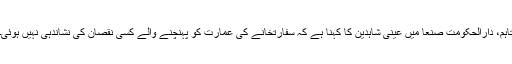
تاہم، دارالحکومت صنعا میں عینی شاہدین کا کہنا ہے کہ سفارتخانے کی عمارت کو پہنچنے والے کسی نقصان کی نشاندہی نہیں ہوئی۔